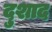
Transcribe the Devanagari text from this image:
दुशाद